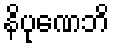
နိပုဏေဘိ